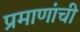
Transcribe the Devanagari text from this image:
प्रमाणांची